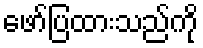
ဖော်ပြထားသည်ကို